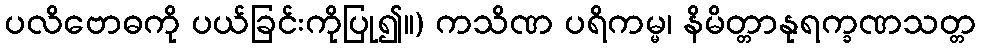
ပလိဗောဓကို ပယ်ခြင်းကိုပြု၍။) ကသိဏ ပရိကမ္မ၊ နိမိတ္တာနုရက္ခဏသတ္တ